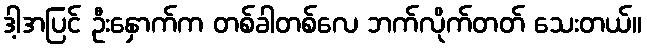
ဒါ့အပြင် ဦးနှောက်က တစ်ခါတစ်လေ ဘက်လိုက်တတ် သေးတယ်။